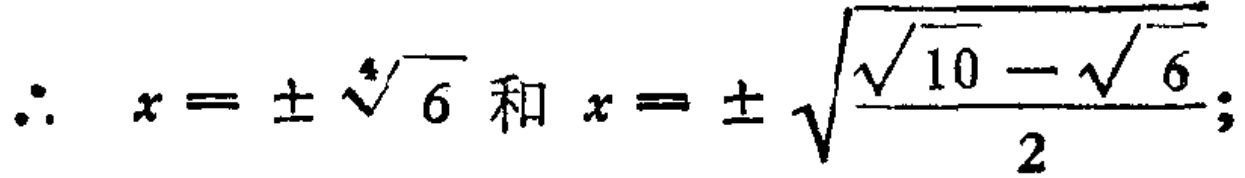
\(\therefore x = \pm \sqrt[4]{6} \text{ 和 } x = \pm \sqrt{\frac{\sqrt{10} - \sqrt{6}}{2}};\)